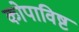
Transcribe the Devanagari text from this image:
कोपाविष्ट